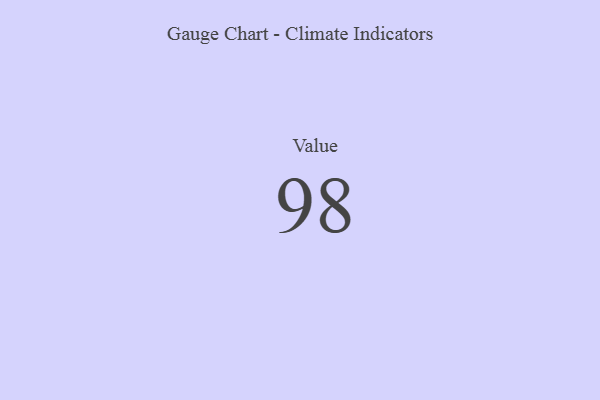
{"axis": {"x": "Metric", "y": "Value"}, "legend": [""], "data": [{"x": "Value", "y": 98, "type": ""}]}